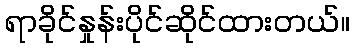
ရာခိုင်နှုန်းပိုင်ဆိုင်ထားတယ်။